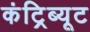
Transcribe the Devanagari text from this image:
कंट्रिब्यूट